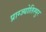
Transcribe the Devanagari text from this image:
प्राग्ज्योतिस्पुर